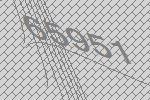
65951